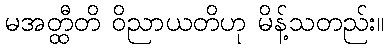
မအတ္ထီတိ ဝိညာယတိဟု မိန့်သတည်း။